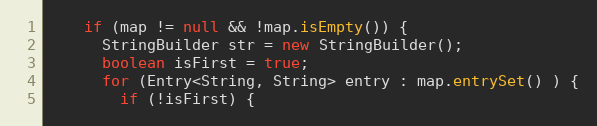
Language: Java
    if (map != null && !map.isEmpty()) {
      StringBuilder str = new StringBuilder();
      boolean isFirst = true;
      for (Entry<String, String> entry : map.entrySet() ) {
        if (!isFirst) {